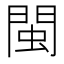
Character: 閩